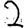
Digit: 2